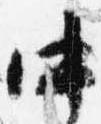
中